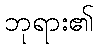
ဘုရား၏